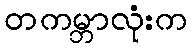
တကမ္ဘာလုံးက